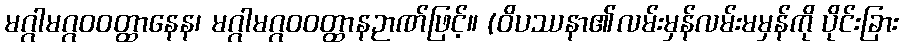
မဂ္ဂါမဂ္ဂဝဝတ္ထာနေန၊ မဂ္ဂါမဂ္ဂဝဝတ္ထာနဉာဏ်ဖြင့်။ (ဝိပဿနာ၏လမ်းမှန်လမ်းမမှန်ကို ပိုင်းခြား